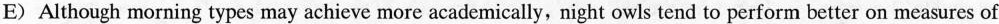
E) Although morning types may achieve more academically, night owls tend to perform better on measures of